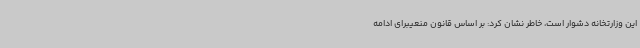
این وزارتخانه دشوار است، خاطر نشان کرد: بر اساس قانون منعیبرای ادامه